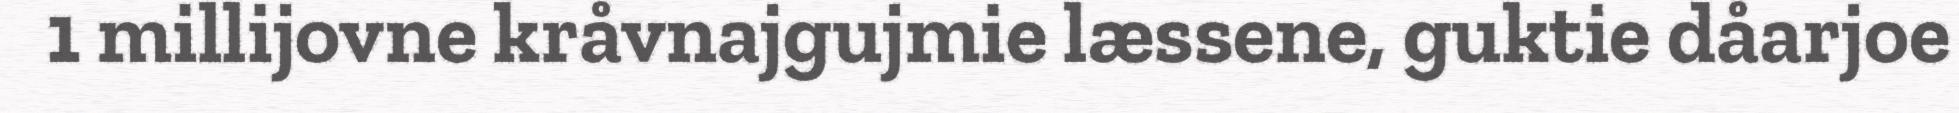
1 millijovne kråvnajgujmie læssene, guktie dåarjoe